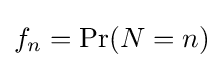
f_{n}=\Pr(N=n)